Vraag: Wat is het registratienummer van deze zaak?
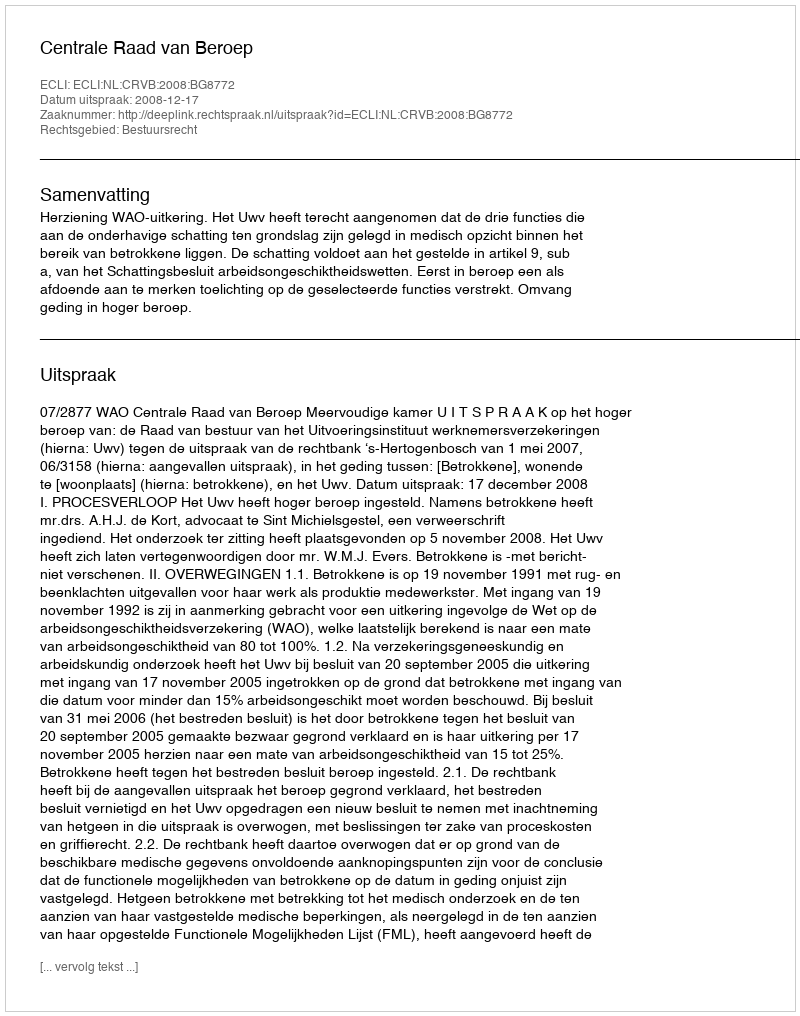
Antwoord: http://deeplink.rechtspraak.nl/uitspraak?id=ECLI:NL:CRVB:2008:BG8772